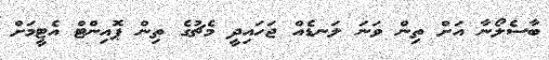
ބާސެލޯނާ އަށް ތިން ވަނަ ލަނޑެއް ޖަހައިދީ މެޗުގެ ތިން ޕޮއިންޓް އެޓީމަށް